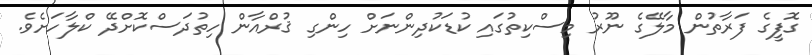
ގޮފީގެ ފަރާތުން މާލޭގެ ނޫރު މިސްކިތުގައި ކުޑަކުދިންނަށް ހިންގި ޤުރްއާން ހިތުދަސްކޮށްދޭ ކްލާހަށެވެ.